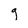
Character: g